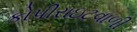
કોપીરાઇટવાળી